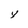
Character: y